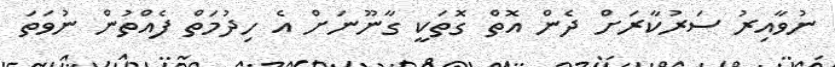
ނުވާއިރު ސަރުކާރަށް ދެން އޮތް ގޮތަކީ ގާނޫނަށް އެ ހިދުމަތް ފެއްތުން ނުވަތަ